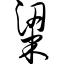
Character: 粱